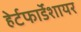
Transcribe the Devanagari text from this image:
हेर्टफाॅर्डशायर